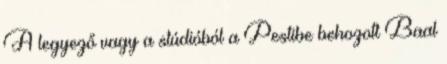
A legyező vagy a stúdióból a Pestibe behozott Baal